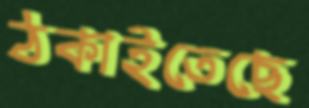
ঠকাইতেছে